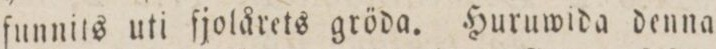
ſunnits uti ſjolårets gröda. Huruwida denna